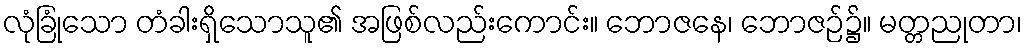
လုံခြုံသော တံခါးရှိသောသူ၏ အဖြစ်လည်းကောင်း။ ဘောဇနေ၊ ဘောဇဉ်၌။ မတ္တညုတာ၊